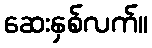
ဆေးနှစ်လက်။